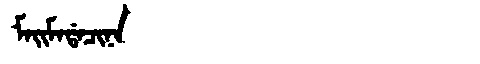
Manchu: ᠮᠠᡳᠮᠠᡩᠠᠴᡳᠨᠠ
Romanization: MAIMADACINA